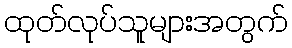
ထုတ်လုပ်သူများအတွက်